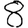
Digit: 8